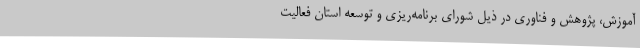
آموزش، پژوهش و فناوری در ذیل شورای برنامه‌ریزی و توسعه استان فعالیت